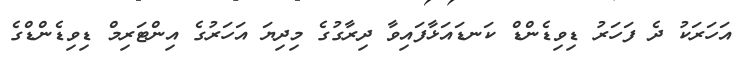
އަހަރަކު ދެ ފަހަރު ޑިވިޑެންޑް ކަނޑައަޅާފައިވާ ދިރާގުގެ މިދިޔަ އަހަރުގެ އިންޓަރިމް ޑިވިޑެންޑްގެ